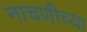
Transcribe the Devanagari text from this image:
नाचणीच्या